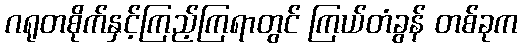
ဂရုတစိုက်နှင့်ကြည့်ကြရာတွင် ကြယ်တံခွန် တစ်ခုက